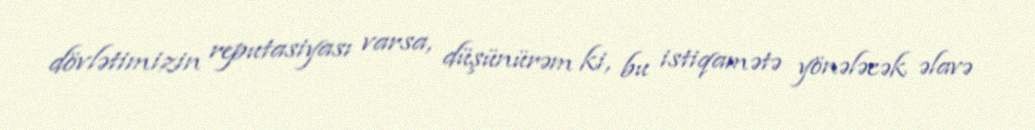
dövlətimizin reputasiyası varsa, düşünürəm ki, bu istiqamətə yönələcək əlavə